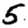
Digit: 5